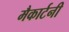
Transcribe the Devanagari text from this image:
मैकार्टनी